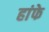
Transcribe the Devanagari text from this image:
हांफे